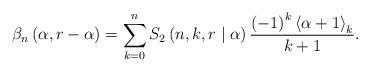
LaTeX: \begin{align*}\beta_{n}\left( \alpha,r-\alpha\right) =\sum_{k=0}^{n}S_{2}\left(n,k,r\mid\alpha\right) \frac{\left( -1\right) ^{k}\left\langle\alpha+1\right\rangle _{k}}{k+1}. \end{align*}